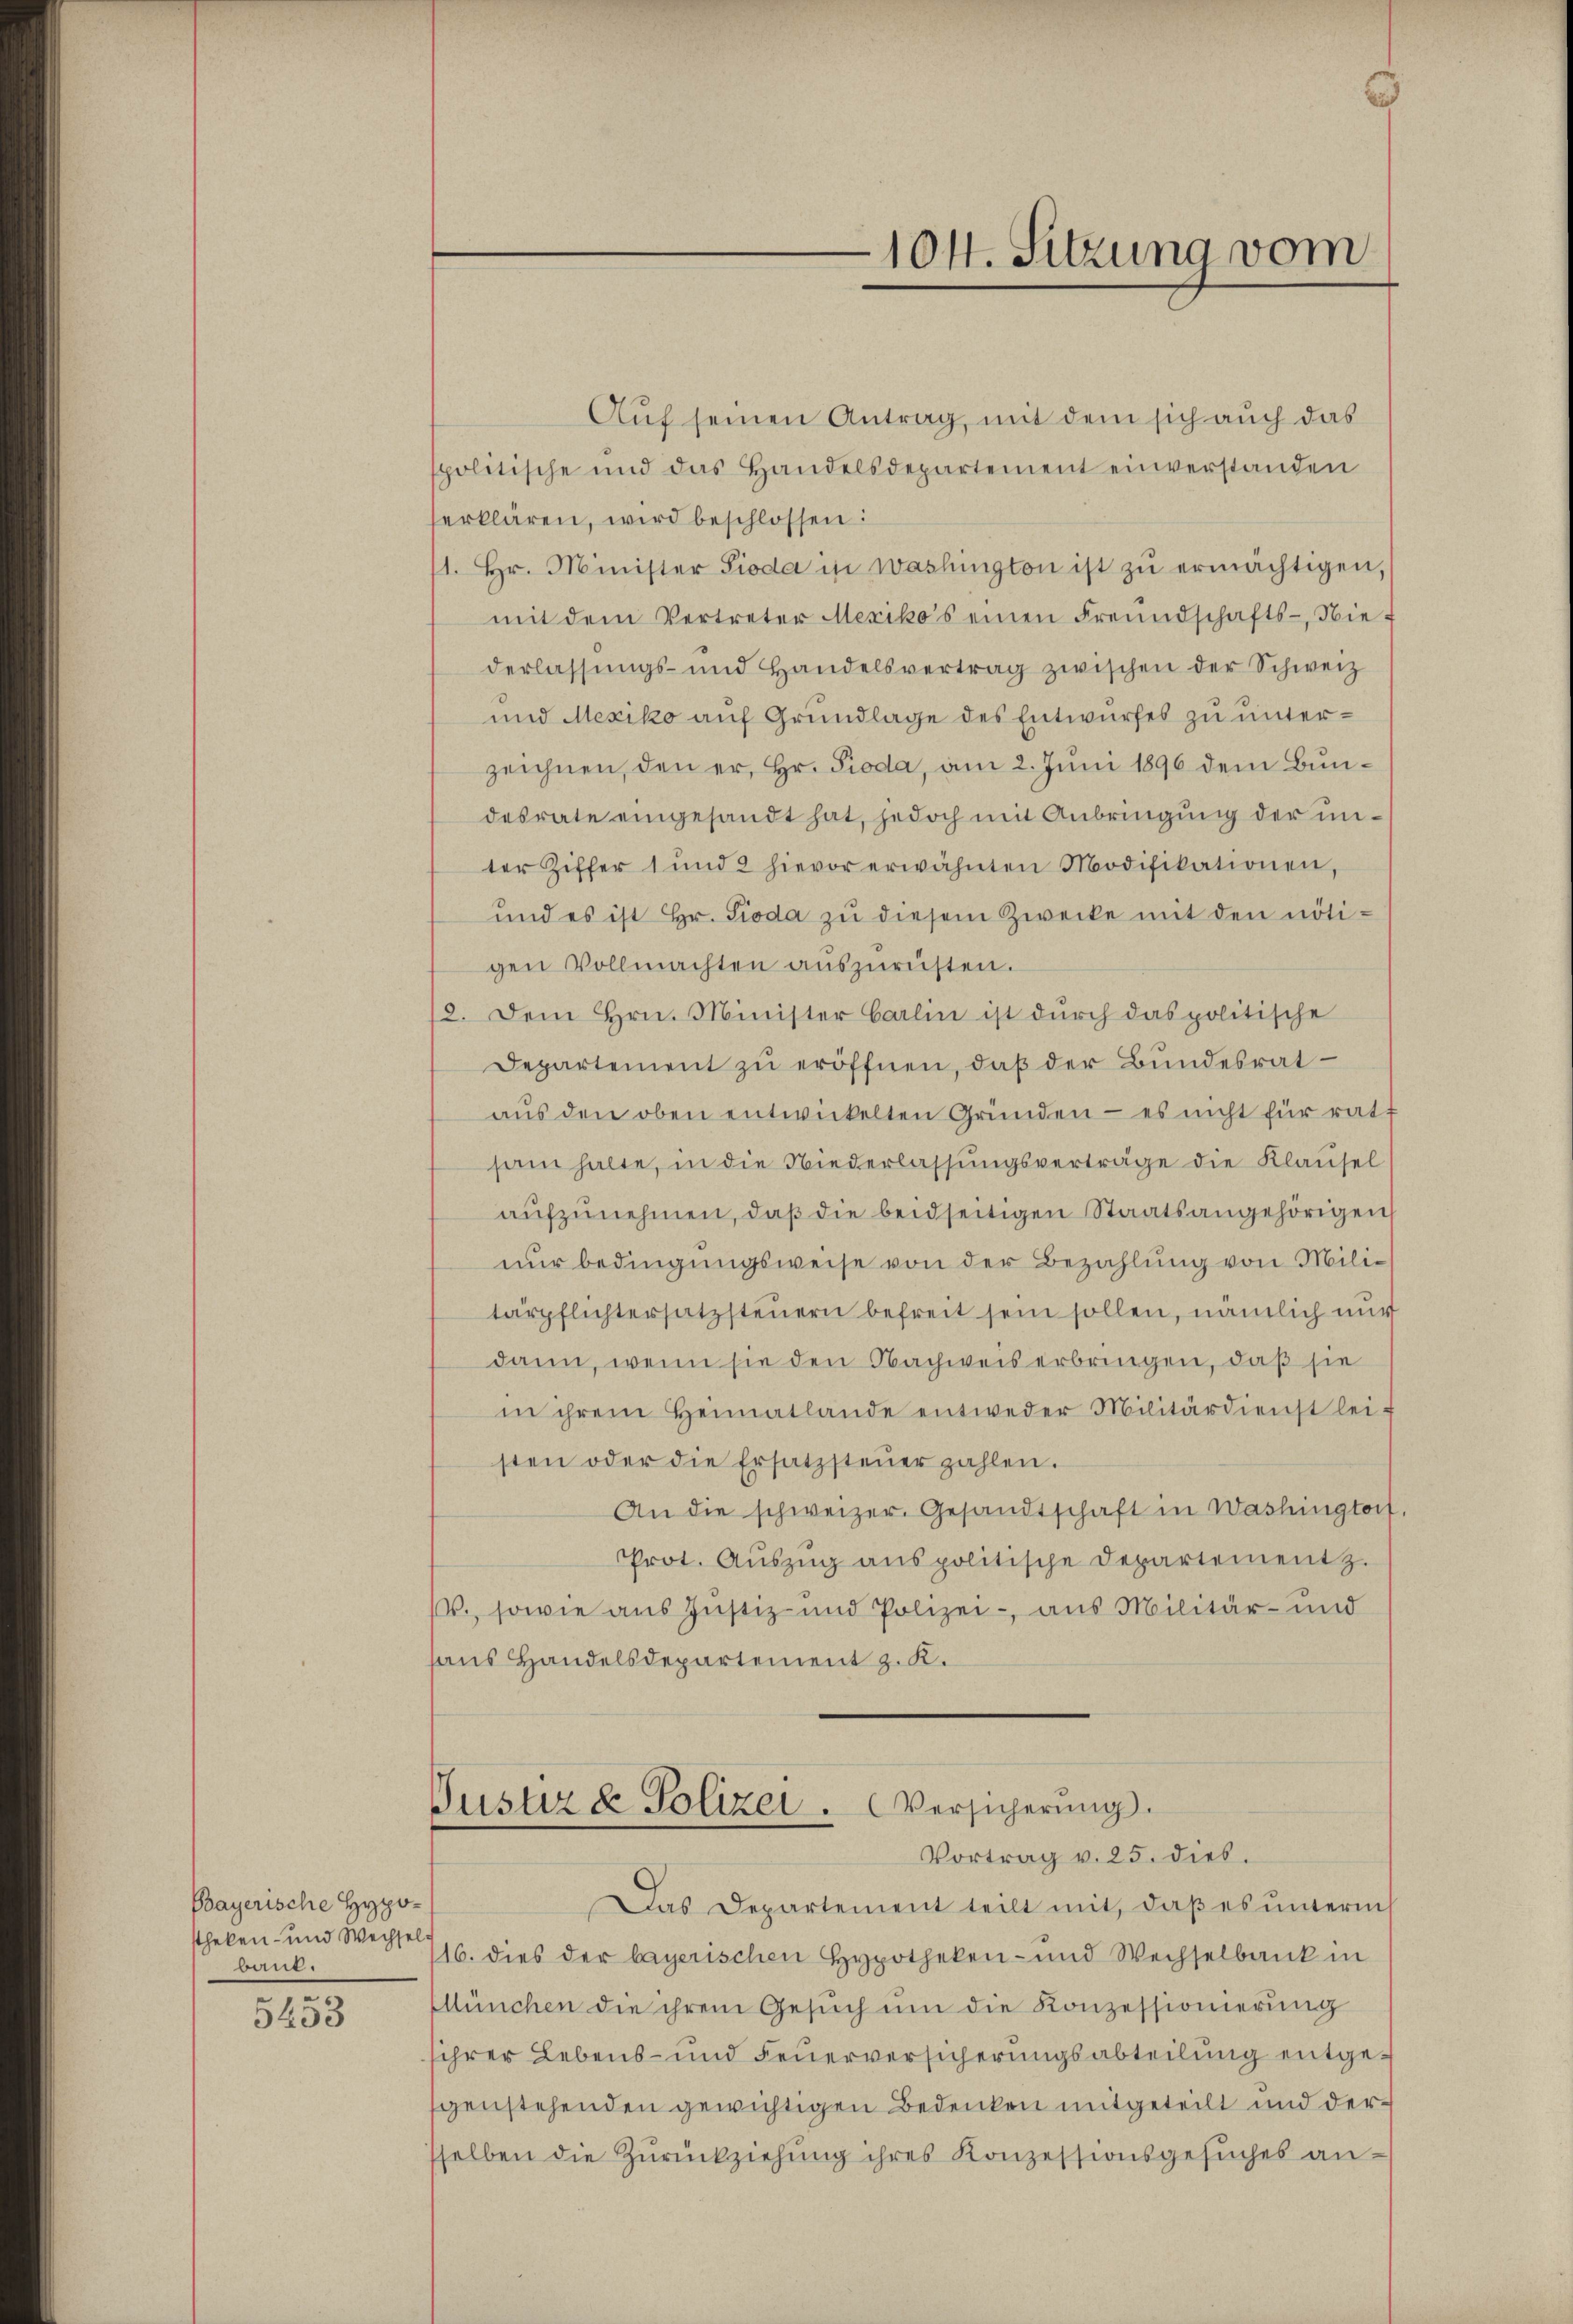
Bayerische Hypostheken- und Wechsel.
bank.

5253

Auf seinen Antrag, mit dem sich auch das
spolitische und das Handelsdepartement einverstanden
erklären, wird beschlossen:
1. Hr. Minister Pioda in Washington ist zu ermächtigen,
mit dem Vertreter Mexikos einen Freundschafts-Nie-
derlassŭngs- und Handelsvertrag zwischen der Schweiz
und Mexiko auf Grundlage des Entwurfes zu unterzeichnen, den er, Hr. Pioda, am 2. Juni 1896 dem Bundesrate eingesandt hat, jedoch mit Anbringung der unter Ziffer 1 und 2 hievor erwähnten Modifikationen,
und es ist Hr. Pioda zu diesem Zwecke mit den nötigen Vollmachten aŭszŭrüsten.
2. Dem Hrn. Minister Carlin ist durch das politische
Departement zu eröffnen, daß der Bundesrat
aŭs den oben entwickelten Gründen - es nicht für ratt
sam halte, in die Niederlassungsverträge die Klausel
aŭfzŭnehmen, daß die beidseitigen Staatsangehörigen
nur bedingungsweise von der Bezahlung von Militärpflichtersatzsteuern befreit sein sollen, nämlich mir
dann, wenn sie den Nachweis erbringen, daß sie
in ihrem Heimatlande entweder Militärdienst lei-
sten oder die Ersatzsteŭer zahlen.
An die schweizer. Gesandtschaft in Washingtorf
Prot. Aŭszŭg anspolitische Departement z.
., sowie aus Justiz- und Polizei-, aus Militär- und
haus Handelsdepartement z. K.

e

104. Sitzung vom

Justiz & Polizei . Versicherŭng.
Vortrag v. 25. dies.

Das Departement teilt mit, daß es unterm
116. dies der bayerischen Hypotheken- und Wechselbank in
Ellünchen die ihrem Gesŭch ŭm die Konzessionierung
ihrer Lebens- und Feuerversicherungsabteilung entgegenstehenden gewichtigen Bedenken mitgeteilt und der
sselben die Zŭrückziehŭng ihres Konzessionsgesŭches an¬